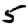
Digit: 5